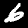
Label: 6